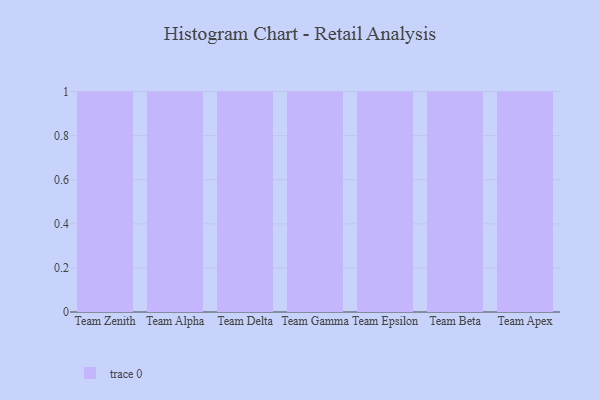
{"axis": {"x": "Team", "y": "Budget (USD K)"}, "legend": [""], "data": [{"x": "Team Zenith", "y": 84, "type": ""}, {"x": "Team Alpha", "y": 18, "type": ""}, {"x": "Team Delta", "y": 54, "type": ""}, {"x": "Team Gamma", "y": 19, "type": ""}, {"x": "Team Epsilon", "y": 39, "type": ""}, {"x": "Team Beta", "y": 52, "type": ""}, {"x": "Team Apex", "y": 93, "type": ""}]}